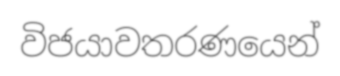
විජයාවතරණයෙන්